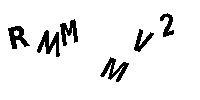
RMMMV2